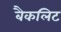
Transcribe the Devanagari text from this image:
बैकलिट